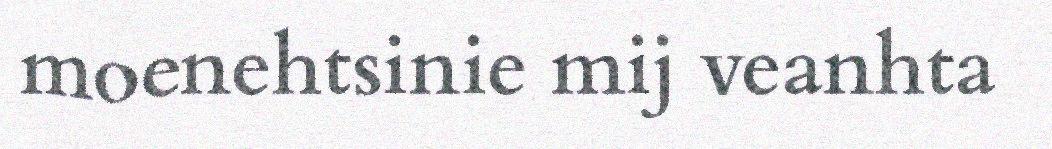
moenehtsinie mij veanhta